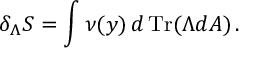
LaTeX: \delta _ { \Lambda } S = \int \nu ( y ) \, d \, \mathrm { T r } ( \Lambda d A ) \, .